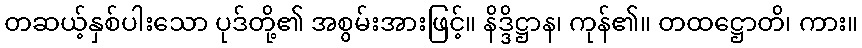
တဆယ့်နှစ်ပါးသော ပုဒ်တို့၏ အစွမ်းအားဖြင့်။ နိဒ္ဒိဋ္ဌာန၊ ကုန်၏။ တထဋ္ဌောတိ၊ ကား။